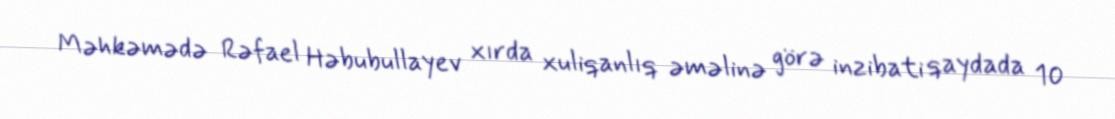
Məhkəmədə Rəfael Həbubullayev xırda xuliqanlıq əməlinə görə inzibati qaydada 10